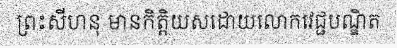
ព្រះសីហនុ មានកិត្តិយសដោយលោកវេជ្ជបណ្ឌិត